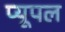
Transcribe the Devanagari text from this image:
प्यूपल